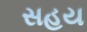
સહય